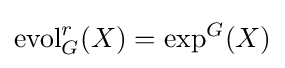
\operatorname {evol} _{G}^{r}(X)=\exp ^{G}(X)